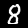
Digit: 8